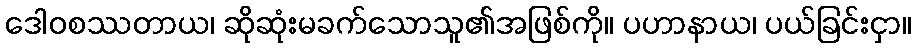
ဒေါဝစဿတာယ၊ ဆိုဆုံးမခက်သောသူ၏အဖြစ်ကို။ ပဟာနာယ၊ ပယ်ခြင်းငှာ။